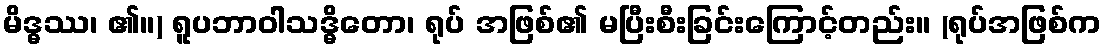
မိဒ္ဓဿ၊ ၏။) ရူပဘာဝါသဒ္ဓိတော၊ ရုပ် အဖြစ်၏ မပြီးစီးခြင်းကြောင့်တည်း။ (ရုပ်အဖြစ်က